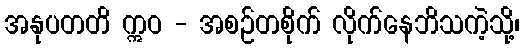
အနုပတတိ ဣဝ - အစဉ်တစိုက် လိုက်နေဘိသကဲ့သို့၊